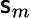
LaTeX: \mathsf{s}_{m}